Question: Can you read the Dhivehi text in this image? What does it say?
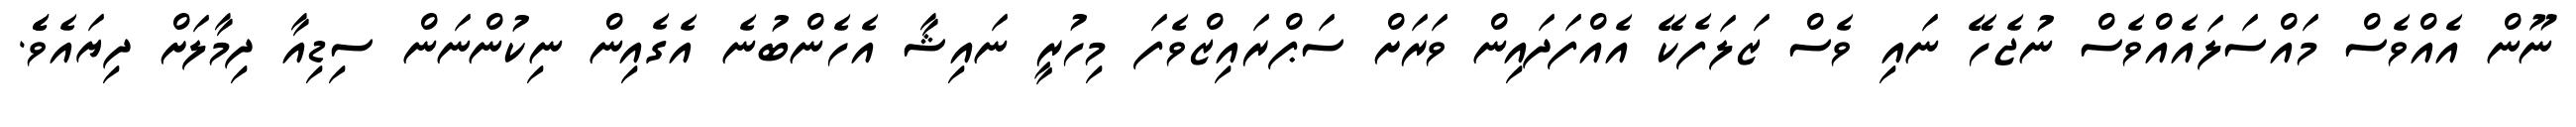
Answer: ނޫން އެއްވެސް މައްސަލައެއްވެސް ނުޖެހޭ ނައި ވެސް ޒަލަފެކޭ އެއްފަދައިން ވަރަށް ސަޕްރައިޒްވެފަ މިހުރީ ނައިޝާ އެހެންބުނެ އެގެއިން ނިކުންނަން ސިޑިއާ ދިމާލަށް ދިޔައެވެެ.